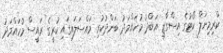
ކްރިމިނަލް ކޯޓުގެ އިސްގާޒީ އަބްދު މުހައްމަދު ބަންދުކުރި މައްސަލައިގައި ކުރީގެ ރައީސް މުހައްމަދު